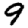
Digit: 9